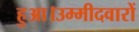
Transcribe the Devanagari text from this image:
हुआ।उम्मीदवारों